Proceedings of the meeting of veterinary officers in India
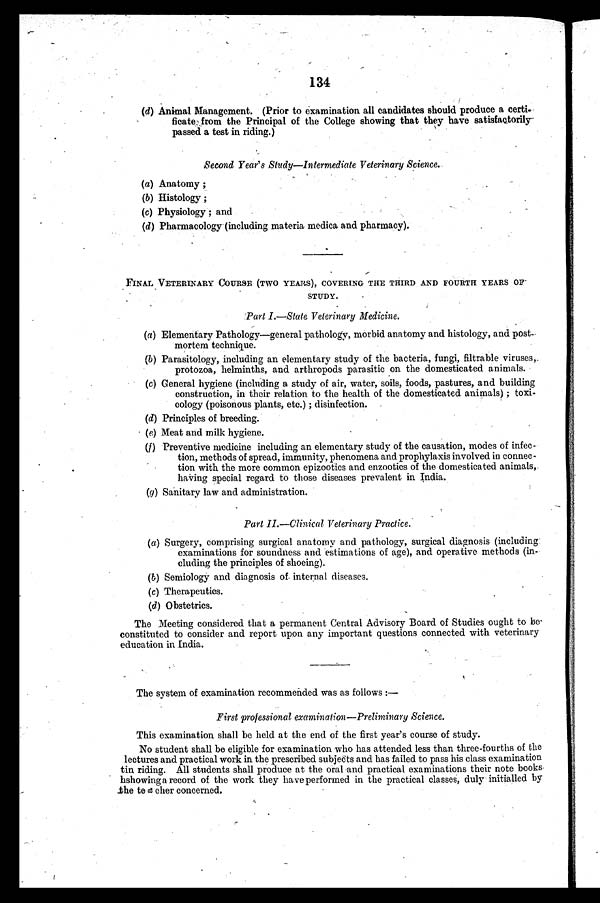
134
(d) Animal Management. (Prior to examination all candidates should produce a certi.
ficate from the Principal of the College showing that they have satisfactorily
passed a test in riding.)
Second Year's Study—Intermediate Veterinary Science.
(a) Anatomy;
(b) Histology;
(c) Physiology; and
(d) Pharmacology (including materia medica and pharmacy).
FINAL VETERINARY COURSE (TWO YEARS), COVERING THE TH
STUDY.
Part I.—State Veterinary Medicine.
(a) Elementary Pathology—general pathology, morbid anatomy and histology, and post-
mortem technique.
(b) Parasitology, including an elementary study of the bacteria, fungi, filtrable viruses,.
protozoa, helminths, and arthropods parasitic on the domesticated animals.
(c) General hygiene (including a study of air, water, soils, foods, pastures, and building
construction, in their relation to the health of the domesticated animals); toxi-
cology (poisonous plants, etc.); disinfection.
(d) Principles of breeding.
(e) Meat and milk hygiene.
(f) Preventive medicine including an elementary study of the causation, modes of infec-
tion, methods of spread, immunity, phenomena and prophylaxis involved in connec-
tion with the more common epizootics and enzootics of the domesticated animals,
having special regard to those diseases prevalent in India.
(g) Sanitary law and administration.
Part II.—Clinical Veterinary Practice.
(a) Surgery, comprising surgical anatomy and pathology, surgical diagnosis (including
examinations for soundness and estimations of age), and operative methods (in-
cluding the principles of shoeing).
(b) Semiology and diagnosis of internal diseases.
(c) Therapeutics.
(d) Obstetrics.
The Meeting considered that a permanent Central Advisory Board of Studies ought to be-
constituted to consider and report upon any important questions connected with veterinary
education in India.
The system of examination recommended was as follows:—
First professional examination—Preliminary Science.
This examination shall be held at the end of the first year's course of study.
No student shall be eligible for examination who has attended less than three-fourths of the
lectures and practical work in the prescribed subjects and has failed to pass his class examination
tin riding. All students shall produce at the oral and practical examinations their note books
hshowing a record of the work they have performed in the practical classes, duly initialled by
the te c cher concerned.